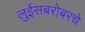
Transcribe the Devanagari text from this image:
लुईसबरोबरचे